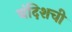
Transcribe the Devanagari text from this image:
बंदिशची